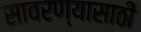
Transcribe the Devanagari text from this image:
सावरण्यासाठी